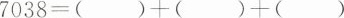
$$7038=()+()+()$$